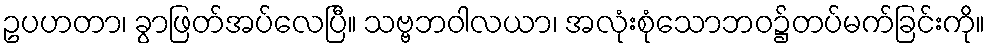
ဥပဟတာ၊ ခွာဖြတ်အပ်လေပြီ။ သဗ္ဗဘဝါလယာ၊ အလုံးစုံသောဘဝ၌တပ်မက်ခြင်းကို။